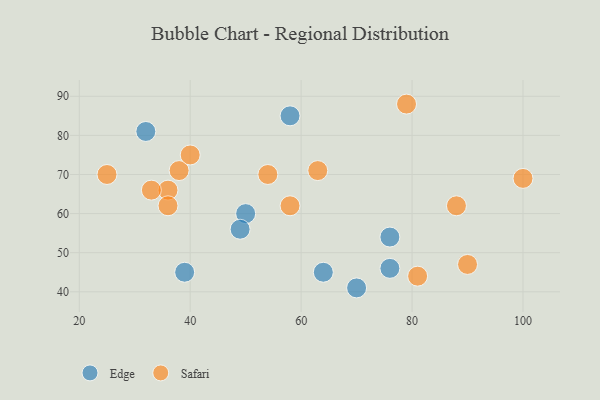
{"axis": {"x": "GDP", "y": "Life Expectancy"}, "legend": ["Edge", "Safari"], "data": [{"x": "64", "y": 45, "type": "Edge"}, {"x": "39", "y": 45, "type": "Edge"}, {"x": "50", "y": 60, "type": "Edge"}, {"x": "76", "y": 54, "type": "Edge"}, {"x": "76", "y": 46, "type": "Edge"}, {"x": "32", "y": 81, "type": "Edge"}, {"x": "70", "y": 41, "type": "Edge"}, {"x": "58", "y": 85, "type": "Edge"}, {"x": "49", "y": 56, "type": "Edge"}, {"x": "81", "y": 44, "type": "Safari"}, {"x": "58", "y": 62, "type": "Safari"}, {"x": "90", "y": 47, "type": "Safari"}, {"x": "63", "y": 71, "type": "Safari"}, {"x": "36", "y": 66, "type": "Safari"}, {"x": "36", "y": 62, "type": "Safari"}, {"x": "25", "y": 70, "type": "Safari"}, {"x": "79", "y": 88, "type": "Safari"}, {"x": "88", "y": 62, "type": "Safari"}, {"x": "38", "y": 71, "type": "Safari"}, {"x": "100", "y": 69, "type": "Safari"}, {"x": "54", "y": 70, "type": "Safari"}, {"x": "33", "y": 66, "type": "Safari"}, {"x": "40", "y": 75, "type": "Safari"}]}